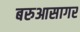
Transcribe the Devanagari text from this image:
बरुआसागर